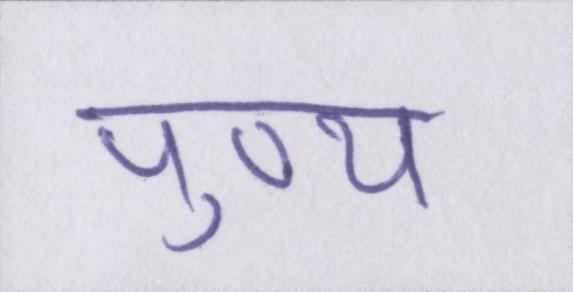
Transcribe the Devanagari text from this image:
पुण्य